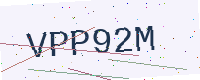
Text: VPP92M